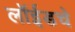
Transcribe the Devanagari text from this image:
लॉईडचे